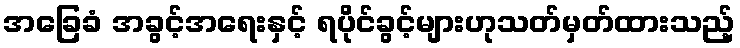
အခြေခံ အခွင့်အရေးနှင့် ရပိုင်ခွင့်များဟုသတ်မှတ်ထားသည့်